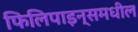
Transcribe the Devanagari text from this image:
फिलिपाइन्समधील